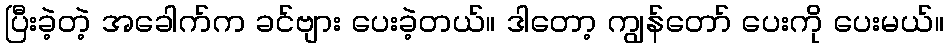
ပြီးခဲ့တဲ့ အခေါက်က ခင်ဗျား ပေးခဲ့တယ်။ ဒါတော့ ကျွန်တော် ပေးကို ပေးမယ်။